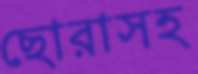
ছোরাসহ